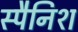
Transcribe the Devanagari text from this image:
स्‍पैनिश